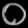
Digit: ၀